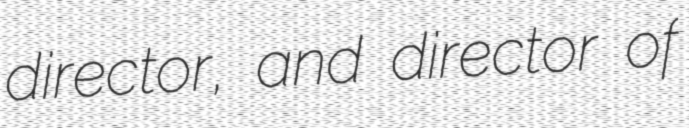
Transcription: director, and director of